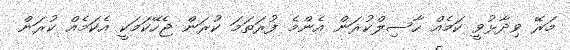
މަރޭ ވިދާޅުވީ ކަމެއް ހާސިލްކުރަން އެންމެ ފުރަތަމަ ކުރަން ޖެހޭކަމަކީ އެކަމެއް ކުރަން